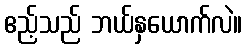
ဧည့်သည် ဘယ်နှယောက်လဲ။